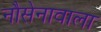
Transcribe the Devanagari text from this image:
नौसेनावाला